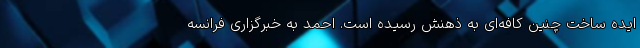
ایده ساخت چنین کافه‌ای به ذهنش رسیده است. احمد به خبرگزاری فرانسه